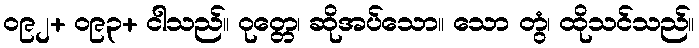
၀၉၂+ ၀၉၃+ ငါသည်။ ဝုတ္တေ၊ ဆိုအပ်သော။ သော တွံ၊ ထိုသင်သည်။